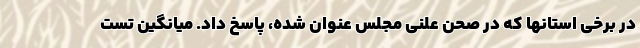
در برخی استانها که در صحن علنی مجلس عنوان شده، پاسخ داد. میانگین تست